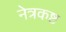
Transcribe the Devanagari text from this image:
नेत्रकष्ट